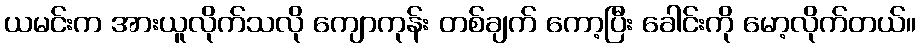
ယမင်းက အားယူလိုက်သလို ကျောကုန်း တစ်ချက် ကော့ပြီး ခေါင်းကို မော့လိုက်တယ်။